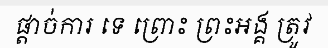
ផ្តាច់ការ ទេ ព្រោះ ព្រះអង្គ ត្រូវ